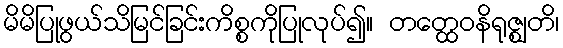
မိမိပြုဖွယ်သိမြင်ခြင်းကိစ္စကိုပြုလုပ်၍။ တတ္ထေဝနိရုဇ္ဈတိ၊